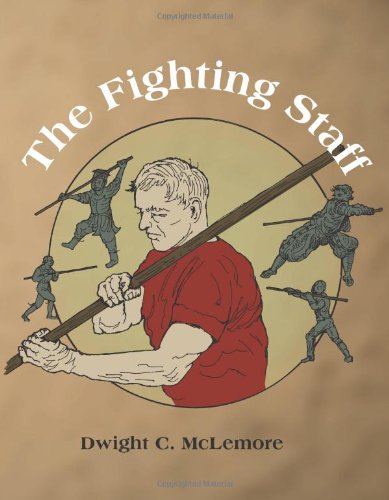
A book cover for The Fighting Staff; Dwight C. McLemore; History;